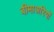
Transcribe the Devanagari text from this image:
बीमाअरियों